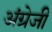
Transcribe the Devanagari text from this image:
अंग्रेजीं